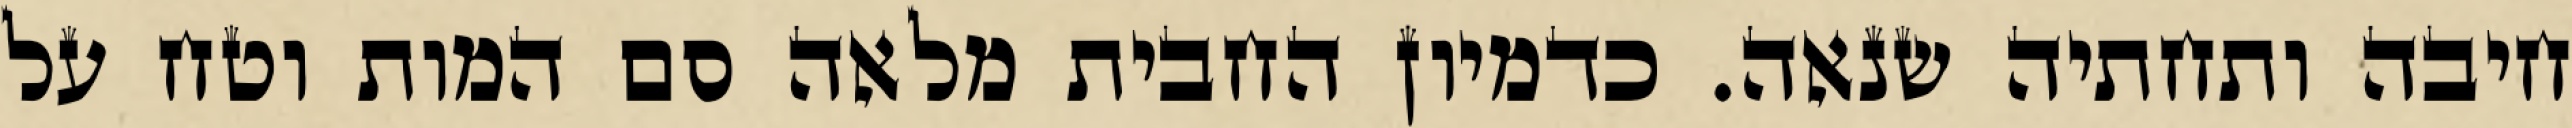
חיבה ותחתיה שנאה. כדמיון החבית מלאה סם המות וטח על